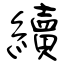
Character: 續